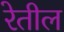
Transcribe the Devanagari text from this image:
रेतील